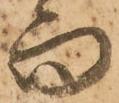
而